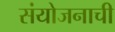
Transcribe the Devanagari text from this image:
संयोजनाची